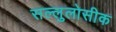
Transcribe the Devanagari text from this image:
सल्लुलोसीक